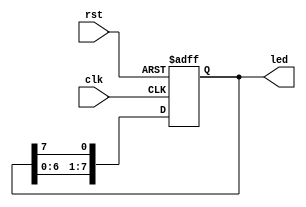
`timescale 1ns / 1ps
//////////////////////////////////////////////////////////////////////////////////
// Company: 
// Engineer: 
// 
// Design Name: 
// Module Name: step1_sr
// Project Name: 
// Target Devices: 
// Tool Versions: 
// Description: 
// 
// Dependencies: 
// 
// Revision:
// Revision 0.01 - File Created
// Additional Comments:
// 
//////////////////////////////////////////////////////////////////////////////////

module step3_loop(
input               clk,rst,
output reg  [7:0]   led);
always@(posedge clk or posedge rst)
begin
    if(rst)
        led <= 8'b0000_0111;
    else
        led <= {led[6:0],led[7]};
end
endmodule